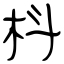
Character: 枓